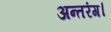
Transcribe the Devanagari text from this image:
अन्तरंग।